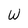
Character: W